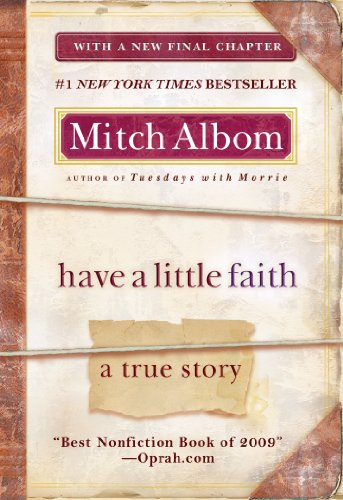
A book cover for Have a Little Faith: A True Story; Mitch Albom; Biographies & Memoirs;